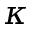
\kappa